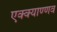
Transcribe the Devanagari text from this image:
एक्क्याण्णव